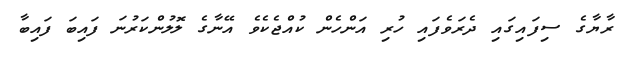
ރާޔާގެ ސިފައިގައި ދެރަވެފައި ހުރި އަންހެން ކުއްޖެކެވެ އޭނާގެ ލޮލުންކަރުނަ ފައިބަ ފައިބާ